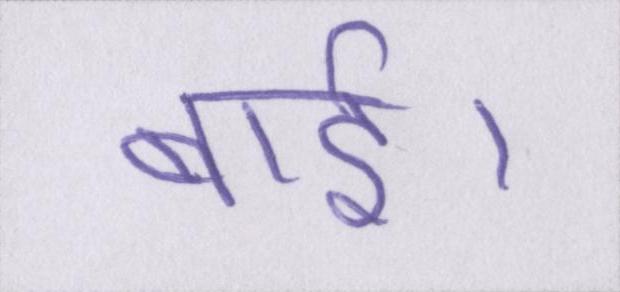
बाई।